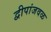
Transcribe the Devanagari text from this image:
द्वीपांजवळ